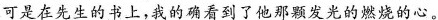
可是在先生的书上，我的确看到了他那颗发光的燃烧的心。